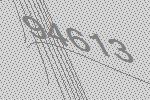
94613